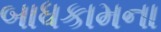
બાધકામના